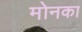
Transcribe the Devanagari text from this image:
मोनका